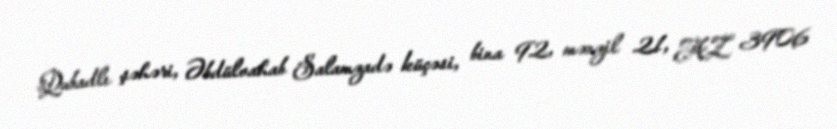
Qubadlı şəhəri, Əbdülvahab Salamzadə küçəsi, bina 92, mənzil 21, AZ 3906